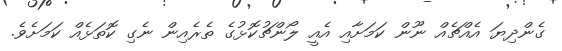
ގެންދިޔަ އެއްޗެއް ނޫން ކަމަށާއި އެއީ ލޯންޗުކޮޅުގެ ތެރެއިން ނެގި ކޮތަޅެއް ކަމަށެވެ.